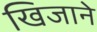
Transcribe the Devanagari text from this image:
खिजाने